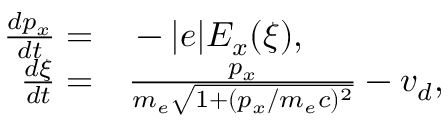
\begin{array} { r l } { \frac { d p _ { x } } { d t } = } & { { } - | e | E _ { x } ( \xi ) , } \\ { \frac { d \xi } { d t } = } & { { } \frac { p _ { x } } { m _ { e } \sqrt { 1 + ( p _ { x } / m _ { e } c ) ^ { 2 } } } - v _ { d } , } \end{array}